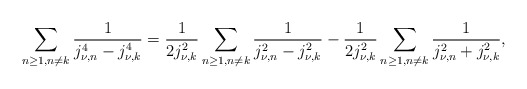
\begin{align*}\sum_{n\geq 1,n\neq k}\frac{1}{j_{\nu,n}^4-j_{\nu,k}^4}=\frac{1}{2j_{\nu,k}^2}\sum_{n\geq 1,n\neq k}\frac{1}{j_{\nu,n}^2-j_{\nu,k}^2}-\frac{1}{2j_{\nu,k}^2}\sum_{n\geq 1,n\neq k}\frac{1}{j_{\nu,n}^2+j_{\nu,k}^2},\end{align*}